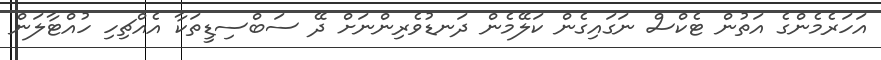
އަހަރެމެންގެ އަތުން ޓެކްސް ނަގައިގެން ކަލޭމެން ދަނޑުވެރިންނަށް ދޭ ސަބްސިޑީތަކާ އެއްޗިހި ހުއްޓާލަން